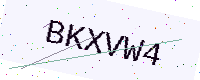
Text: BKXVW4